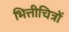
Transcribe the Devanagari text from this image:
भित्तीचित्रों